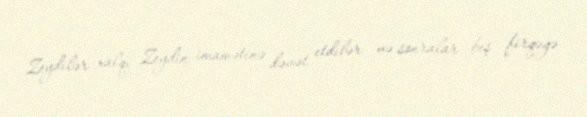
Zeydilər xalqı Zeydin imamətinə dəvət etdilər və sonralar beş firqəyə